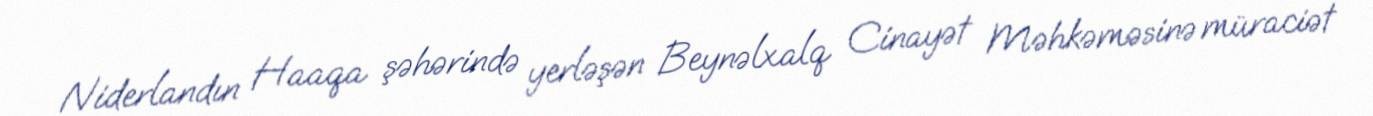
Niderlandın Haaqa şəhərində yerləşən Beynəlxalq Cinayət Məhkəməsinə müraciət